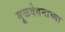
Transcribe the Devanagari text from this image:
मूळवेतनाच्या